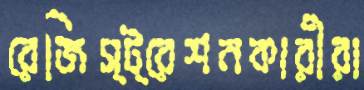
রেজিস্ট্রেশনকারীরা